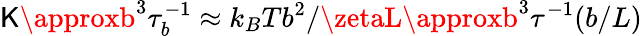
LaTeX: \mathsf{K}\approxb^{3}\tau_{b}^{-1}\approx{k_{B}Tb^{2}}/{\zetaL}\approxb^{3}\tau^{-1}(b/L)